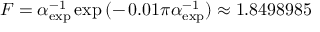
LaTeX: F = \alpha _ { \mathrm { e x p } } ^ { - 1 } \exp { ( - \, 0 . 0 1 \pi \alpha _ { \mathrm { e x p } } ^ { - 1 } ) } \approx 1 . 8 4 9 8 9 8 5